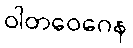
ဝါတဝေဂေန